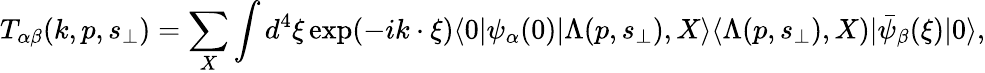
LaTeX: T_{\alpha\beta}(k,p,s_{\perp})=\sum_{X}\int d^{4}\xi\exp(-ik\cdot\xi)\langle 0|\psi_{\alpha}(0)|\Lambda(p,s_{\perp}),X\rangle\langle\Lambda(p,s_{\perp}),X)|\bar{\psi}_{\beta}(\xi)|0\rangle,